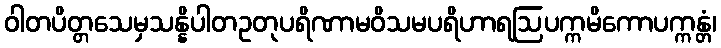
ဝါတပိတ္တသေမှသန္နိပါတဥတုပရိဏာမဝိသမပရိဟာရဩပက္ကမိကောပက္ကန္တံ၊